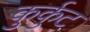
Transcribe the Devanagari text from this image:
कुर्कुट